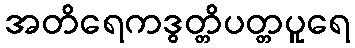
အတိရေကဒွတ္တိပတ္တပူရေ